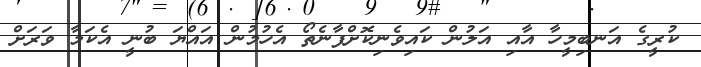
ކުރީގެ އަނބިމީހާ އާއި އަލުން ކައިވެނިކޮށްފާނެތޯ އެހުމުން އައްޔަ ބުނީ އެކަމާ ވަރަށް